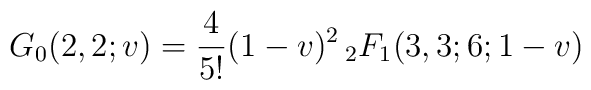
G_0(2,2;v) = \frac{4}{5!} (1-v)^2 \, _2F_1(3,3;6;1-v)